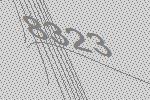
8323